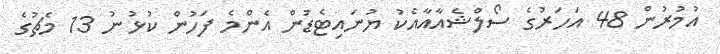
އުމުރުން 48 އަހަރުގެ ސޯލްޝެއާއާއެކު ޔުނައިޓެޑުން އެންމެ ފަހުން ކުޅުނު 13 މެޗުގެ